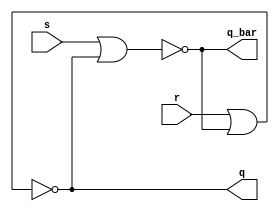
// ---------------------
// Latch D a partir de um latch SR sem PRESET e CLEAR.
// Nome: ndia de Souza Maciel Vieira Ferreira
// ---------------------

//Projetar um latch D a partir de um latch SR sem PRESET e CLEAR.
 
// -------------------------------------------------------------------------------------------------------------------------------------------------------------------

module exercicio_01 (q_bar, q, s, r);// latch SR com portas NOR

output q, q_bar;
input s, r;

nor NOR1(q_bar, s, q);
nor NOR2(q, r, q_bar);

endmodule //exercicio_01


module exercicio_05 (q_bar, q, d);// latch D a partir de SR, sem PRESET e CLEAR
	
output q, q_bar;
input d;

wire dL;

not NOT1(dL, d);

exercicio_01 SR(q_bar, q, d, dL); 	// metodo com latch do tipo SR

endmodule //exercicio_05


module latch_D; 

reg s, r, d, pr, cl;
wire q1, q_bar1, q2, q_bar2;
	
	
exercicio_01 L1 (q_bar1, q1, s, r);
exercicio_05 L2 (q_bar2, q2, d);

initial begin:start
s=1; r=0; d=0;
end

initial begin: main
	   $display("Guia 10_05 - Ndia de SOuza Maciel Vieira Ferreira");
      $display("Latch D a partir de um latch SR sem PRESET e CLEAR");
		$display("D   Q    Q'");
		$monitor("%b   %b    %b",  d, q2,q_bar2);
		
		#1 s=0; r=1; d=1; 
		#1 s=0; r=0; d=0; 
		#1 s=0; r=0; d=1; 
		#1 s=1; r=1; d=0; 

end

endmodule

/*Resultado obtido

    D   Q    Q'
    0   0    1
    1   1    0
    0   0    1
    1   1    0
    0   0    1
    
     ----jGRASP: operation complete.

*/